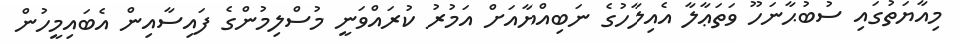
މިއާޔަތުގައި ސުބުޙާނަހޫ ވަތަޢާލާ އެއިލާހުގެ ނަބިއްޔާއަށް އަމުރު ކުރައްވަނީ މުސްލިމުންގެ ފައިސާއިން އެބައިމީހުން